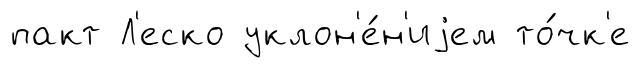
пакт Л'еско уклон'е́н'иjем то́чк'е